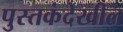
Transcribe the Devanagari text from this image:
पुस्तकंदेखील